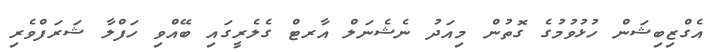
އެގްޒިބިޝަން ހުޅުވުމުގެ ގޮތުން މިއަދު ނެޝެނަލް އާރޓް ގެލެރީގައި ބޭއްވި ހަފްލާ ޝަރަފްވެރި